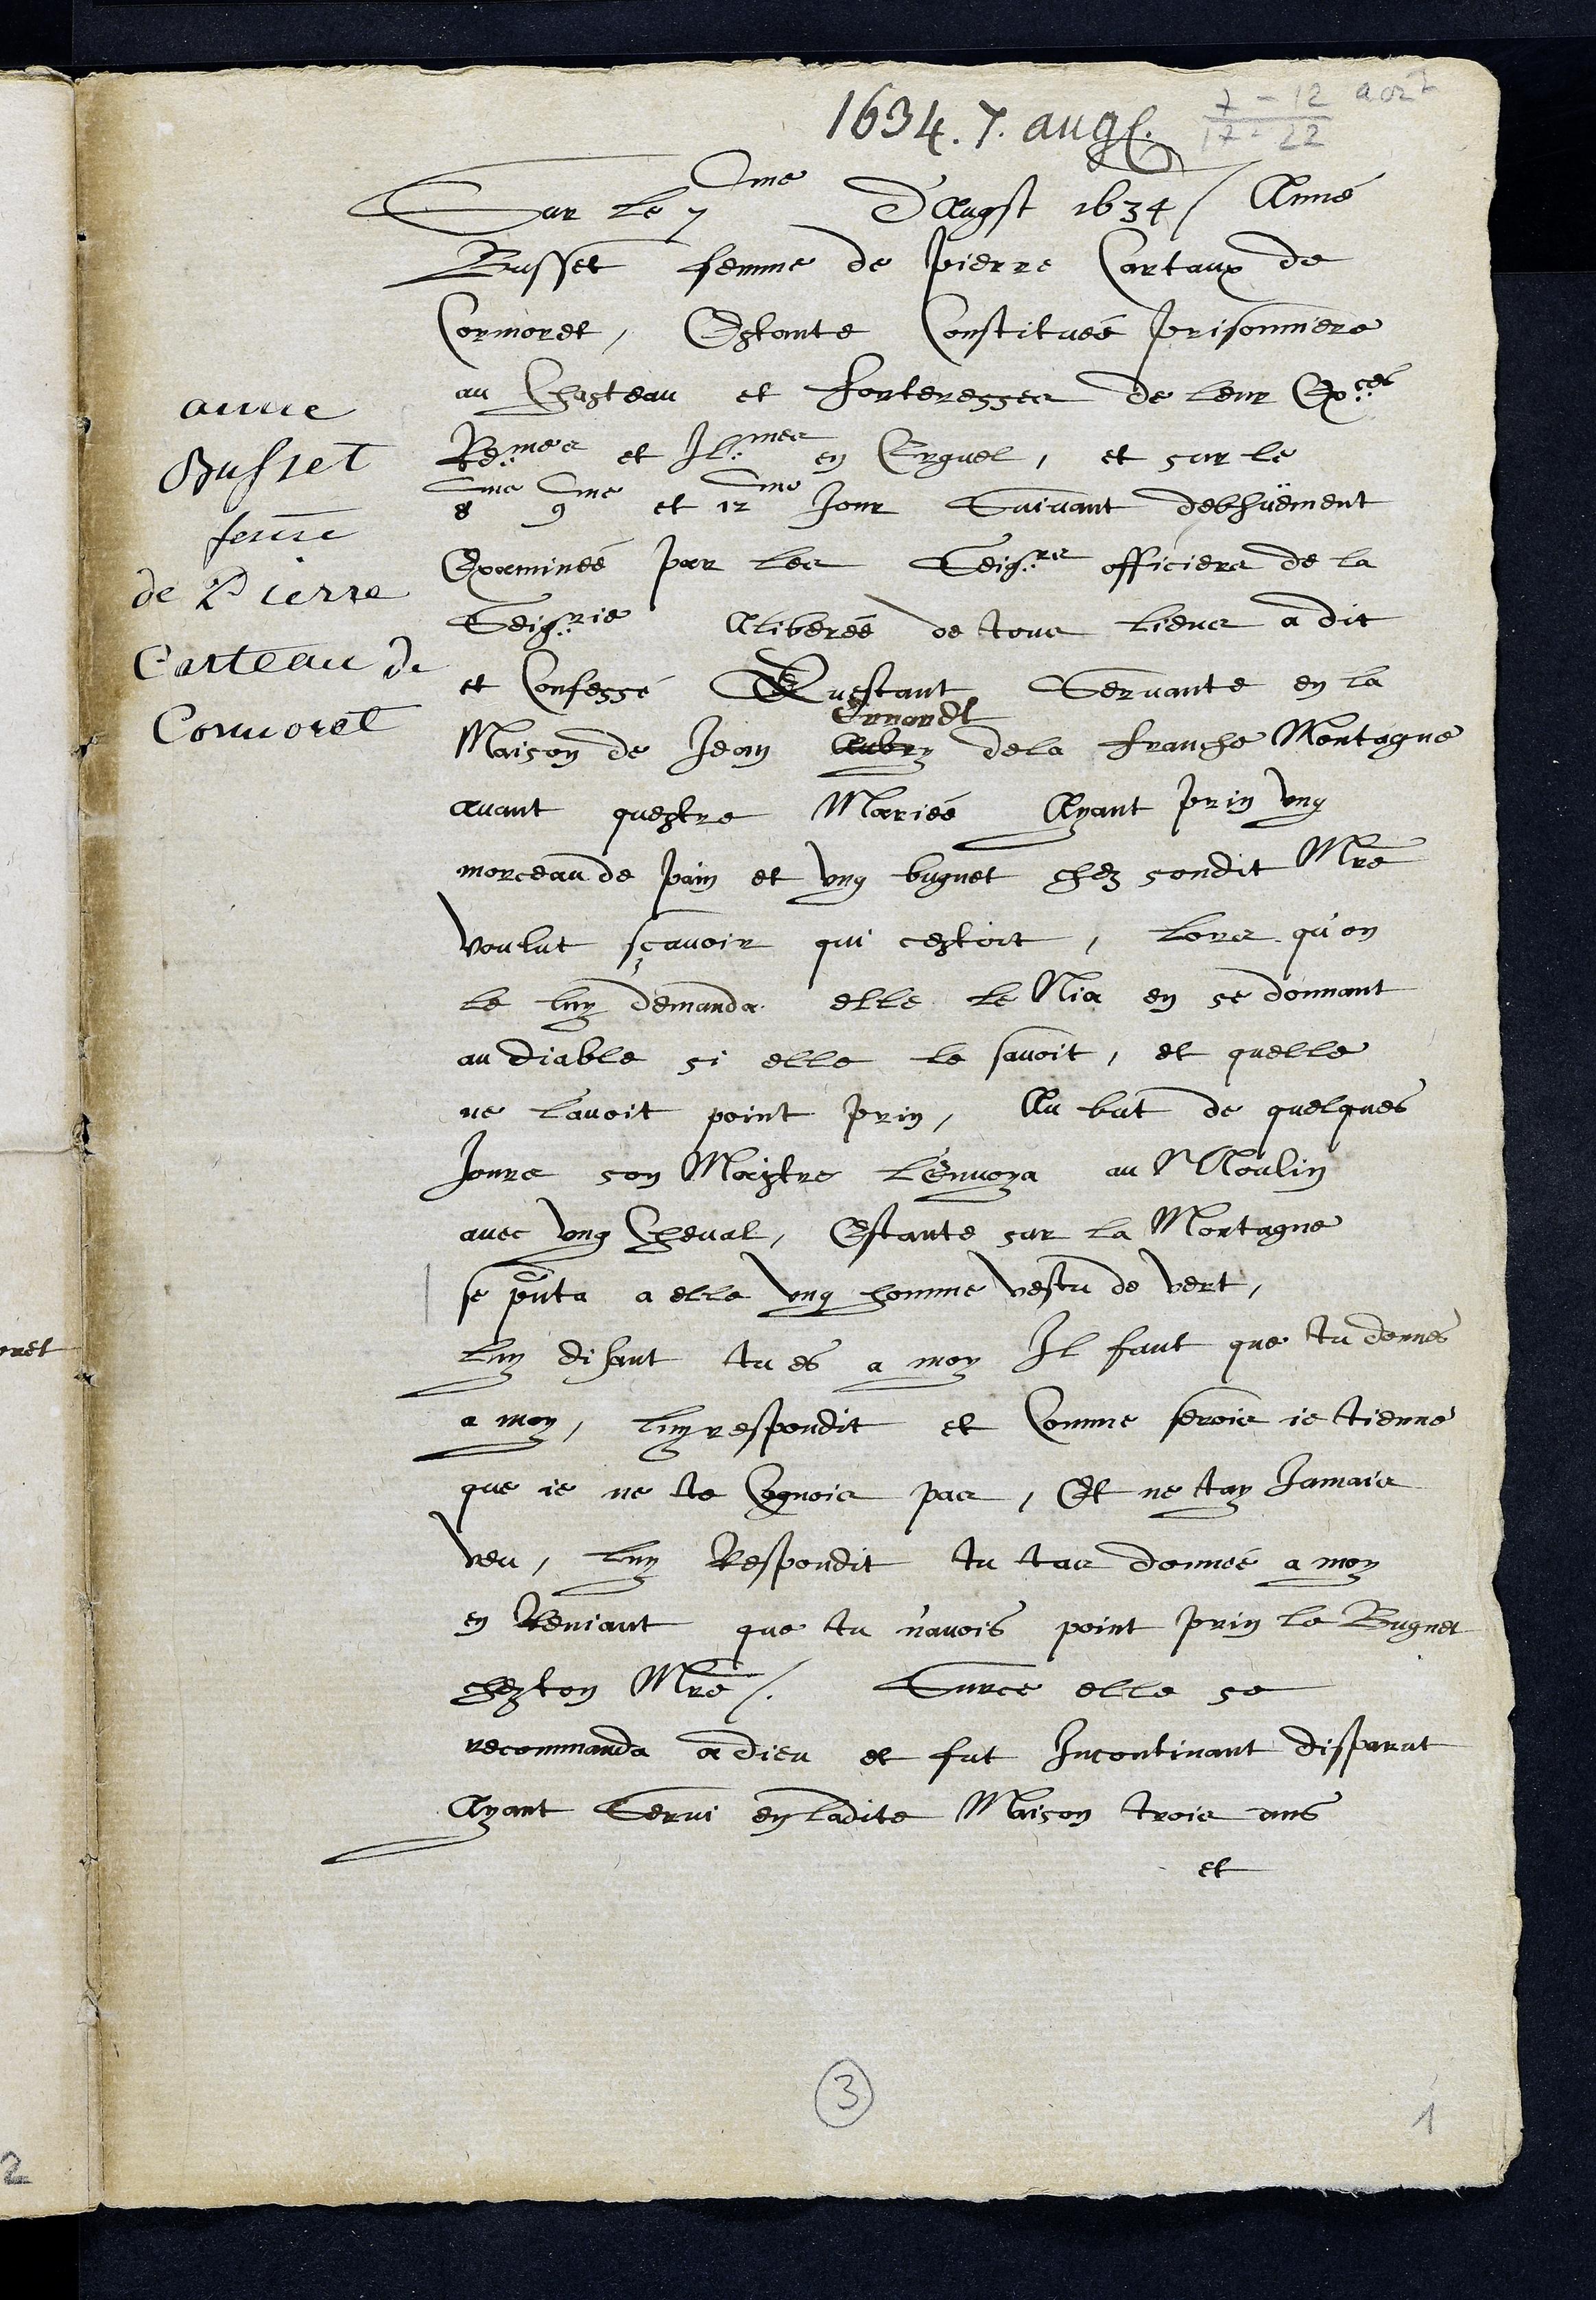
1634. 7. aug.
anne
Busset
femme
de Pierre
Carteau de
Cormoret
Sur le 7me d'Augst 1634 Anné
Busset femme de Pierre Cortaux de
Cormoret, Estante constituée prisonniere
au Chasteau et forteresse de leur Exces
Remes et Illmes en Erguel, et sur le
8me 9me et 12me jour suivant debhuëment
Examinee par les Seigrs officiers de la
Seigrie aliberée de tous liens a dit
et confessé Questant servante en la
Maison de Jean Aubry
Arnoudt
de la Franche Montagne
avant questre Mariée Ayant prin ung
morceau de pain et ung bugnet chez sondit maitre
voulut scavoir qui cestoit, lors qu'on
le luy demanda, elle le Nia en se donnant
au diable si elle le savoit, et quelle
ne l'avoit point prin, Au bat de quelques
Jours son Maistre l’envoya au moulin
avec ung cheval, estante sur la Montagne
se presenta a elle ung homme vestu de vert,
luy disant tu es a moy Il faut que tu donnes
a moy, luy respondit et comme serois je tienne
que je ne te cognois pas, Et ne tay Jamais
veu, luy respondit tu tas donnée à moy,
en Reniant que tu n'avois point prin le Bugnet
chez ton Maistre. Surce elle se
recommanda a Dieu et fut incontinant disparut
ayant servi en ladite Maison trois ans
et
3
1